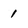
Character: 1